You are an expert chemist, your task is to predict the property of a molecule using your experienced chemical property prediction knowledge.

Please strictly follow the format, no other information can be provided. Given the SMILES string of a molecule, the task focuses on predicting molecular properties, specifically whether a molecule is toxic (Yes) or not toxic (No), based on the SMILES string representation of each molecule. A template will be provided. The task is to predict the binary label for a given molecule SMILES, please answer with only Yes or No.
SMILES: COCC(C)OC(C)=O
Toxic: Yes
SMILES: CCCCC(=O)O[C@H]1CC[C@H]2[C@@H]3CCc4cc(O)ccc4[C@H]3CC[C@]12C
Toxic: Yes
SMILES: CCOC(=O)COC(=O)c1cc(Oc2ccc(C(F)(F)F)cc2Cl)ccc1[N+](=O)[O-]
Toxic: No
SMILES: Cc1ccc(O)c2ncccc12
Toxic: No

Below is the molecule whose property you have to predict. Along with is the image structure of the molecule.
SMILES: COc1ccccc1[N+](=O)[O-]
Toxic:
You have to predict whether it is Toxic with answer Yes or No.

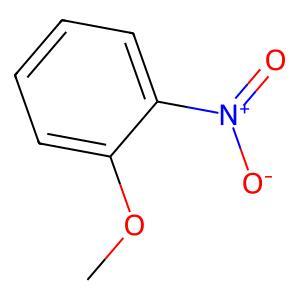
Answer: No